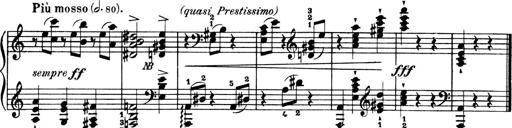
Title: 4 Sonatines
Composer: Max Reger